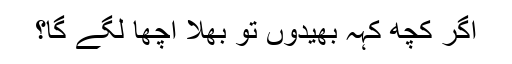
اگر کچھ کہہ بھیدوں تو بھلا اچھا لگے گا؟